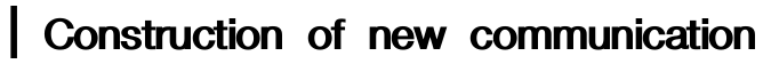
| Construction of new communication